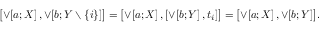
\bigl [ \mathop { \vee } \! \left[ a ; X \right] , \mathop { \vee } \! \left[ b ; Y \setminus \left\lbrace i \right\rbrace \right] \bigr ] = \bigl [ \mathop { \vee } \! \left[ a ; X \right] , [ \mathop { \vee } \! \left[ b ; Y \right] , t _ { i } ] \bigr ] = \bigl [ \mathop { \vee } \! \left[ a ; X \right] , \mathop { \vee } \! \left[ b ; Y \right] \bigr ] .